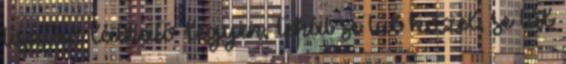
tisztán látható legyen, tehát se túl közel, se túl